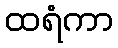
ထရံကာ